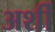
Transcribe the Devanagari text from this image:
अर्शी